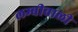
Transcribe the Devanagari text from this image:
लम्बीवाली